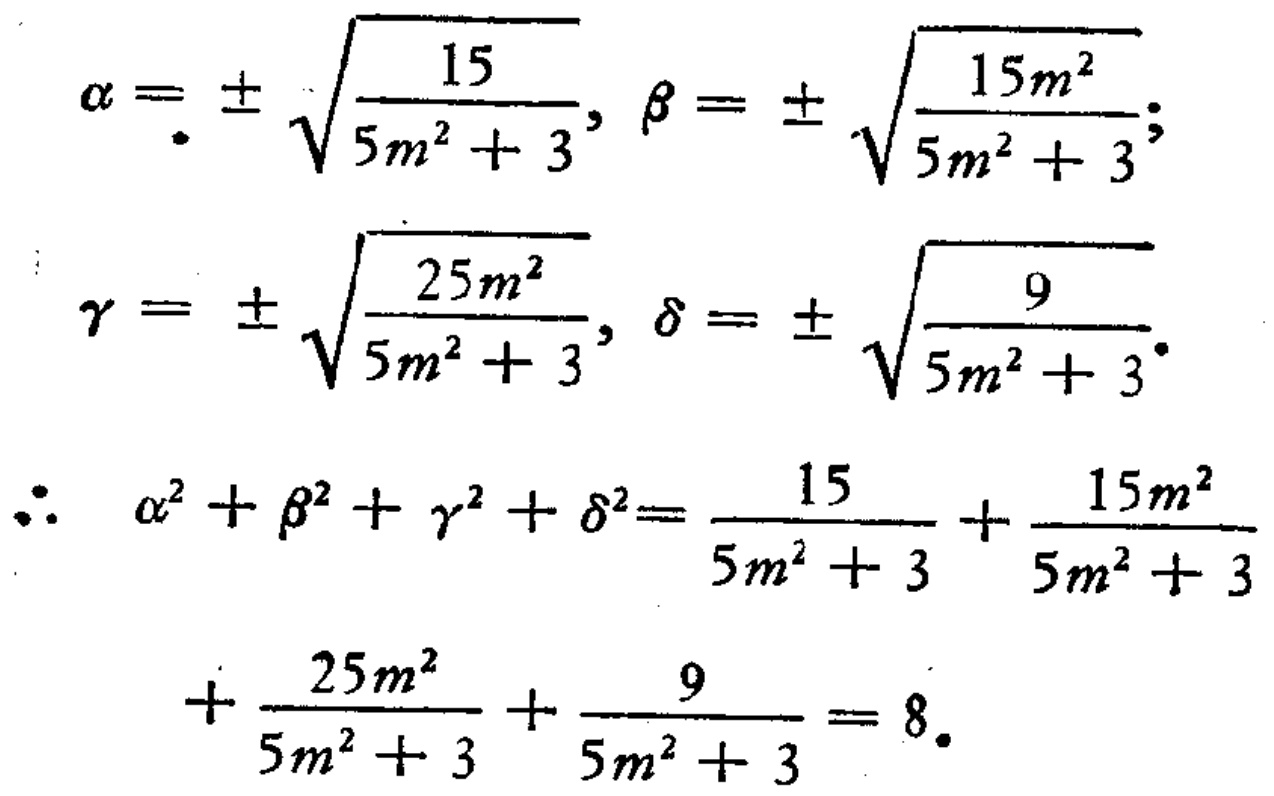
\[
\begin{align*}
\alpha&=\pm\sqrt{\frac{15}{5m^{2}+3}},\beta = \pm\sqrt{\frac{15m^{2}}{5m^{2}+3}};\\
\gamma&=\pm\sqrt{\frac{25m^{2}}{5m^{2}+3}},\delta=\pm\sqrt{\frac{9}{5m^{2}+3}}.\\
\therefore\ \alpha^{2}+\beta^{2}+\gamma^{2}+\delta^{2}&=\frac{15}{5m^{2}+3}+\frac{15m^{2}}{5m^{2}+3}\\
+\frac{25m^{2}}{5m^{2}+3}+\frac{9}{5m^{2}+3}&=8.
\end{align*}
\]